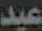
عبد